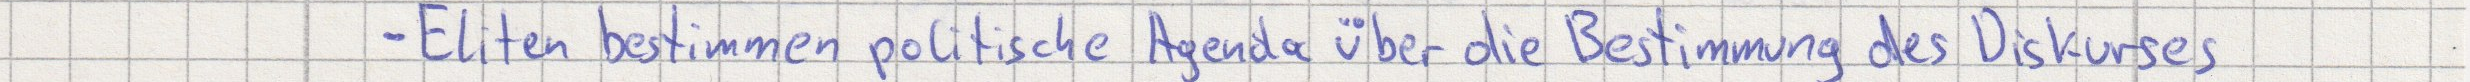
- Eliten bestimmen politische Agenda über die Bestimmung des Diskurses